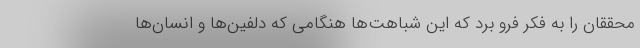
محققان را به فکر فرو برد که این شباهت‌ها هنگامی که دلفین‌ها و انسان‌ها